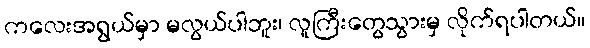
ကလေးအရွယ်မှာ မလွယ်ပါဘူး၊ လူကြီးတွေသွားမှ လိုက်ရပါတယ်။